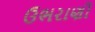
ઉભરાણી